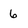
Character: 6